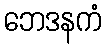
ဘေဒနကံ